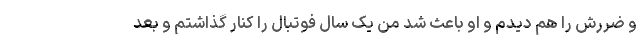
و ضررش را هم دیدم و او باعث شد من یک سال فوتبال را کنار گذاشتم و بعد